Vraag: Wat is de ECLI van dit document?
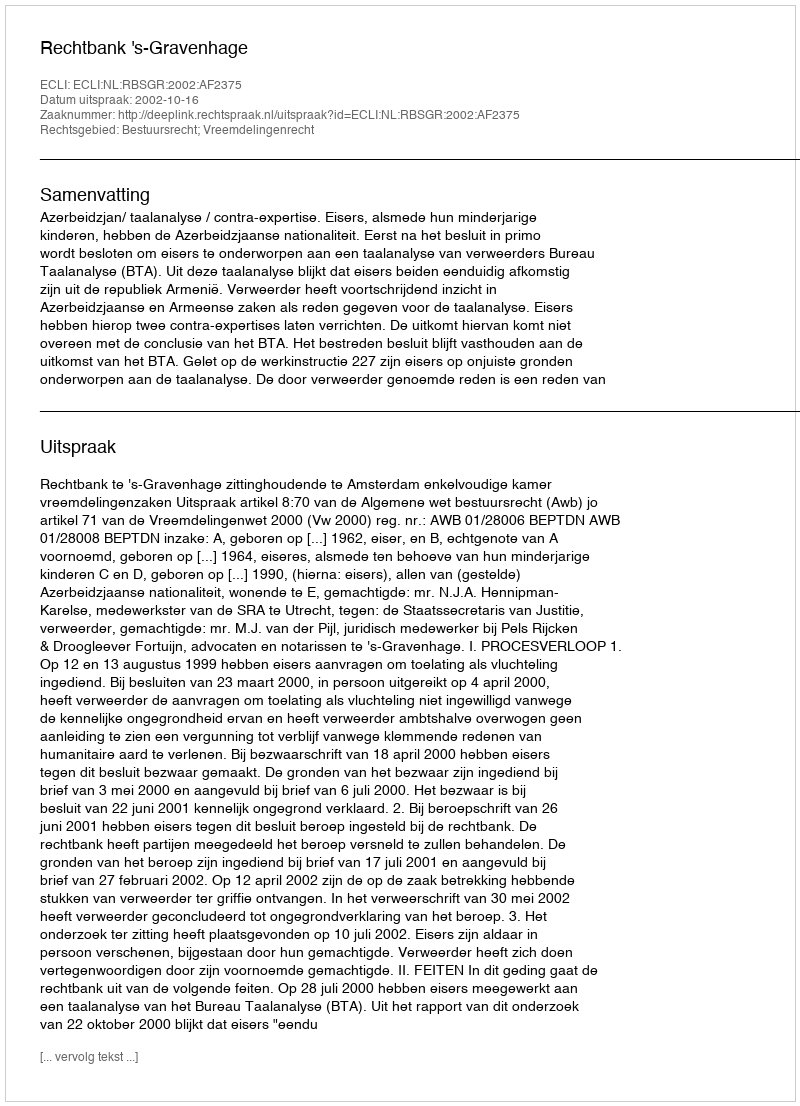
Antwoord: ECLI:NL:RBSGR:2002:AF2375